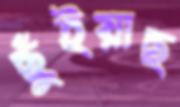
ছুঁইয়াছ